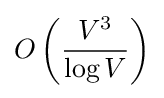
\displaystyle O\left({\frac {V^{3}}{\log V}}\right)